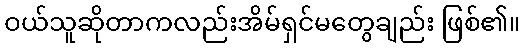
ဝယ်သူဆိုတာကလည်းအိမ်ရှင်မတွေချည်း ဖြစ်၏။